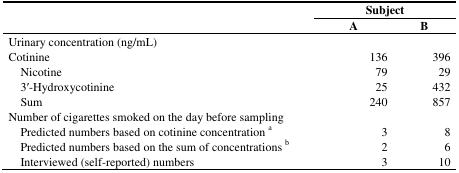
<table><thead><tr><td></td><td colspan="2"><b>Subject</b></td></tr><tr><td></td><td><b>A</b></td><td><b>B</b></td></tr></thead><tbody><tr><td>Urinary concentration (ng/mL)</td><td></td><td></td></tr><tr><td>Cotinine</td><td>136</td><td>396</td></tr><tr><td>Nicotine</td><td>79</td><td>29</td></tr><tr><td>3′-Hydroxycotinine</td><td>25</td><td>432</td></tr><tr><td>Sum</td><td>240</td><td>857</td></tr><tr><td>Number of cigarettes smoked on the day before sampling</td><td></td><td></td></tr><tr><td>Predicted numbers based on cotinine concentration a</td><td>3</td><td>8</td></tr><tr><td>Predicted numbers based on the sum of concentrations b</td><td>2</td><td>6</td></tr><tr><td>Interviewed (self-reported) numbers</td><td>3</td><td>10</td></tr></tbody></table>